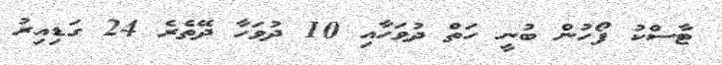
ޓާސްކު ފޯހުން ބުނީ ހަތް ދުވަހާއި 10 ދުވަހާ ދޭތެރެ 24 ގަޑިއިރު